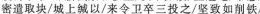
密遣取块/城上缄以/来令卫卒三投之/坚致如削铁/